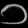
Digit: ၁